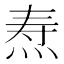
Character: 焘